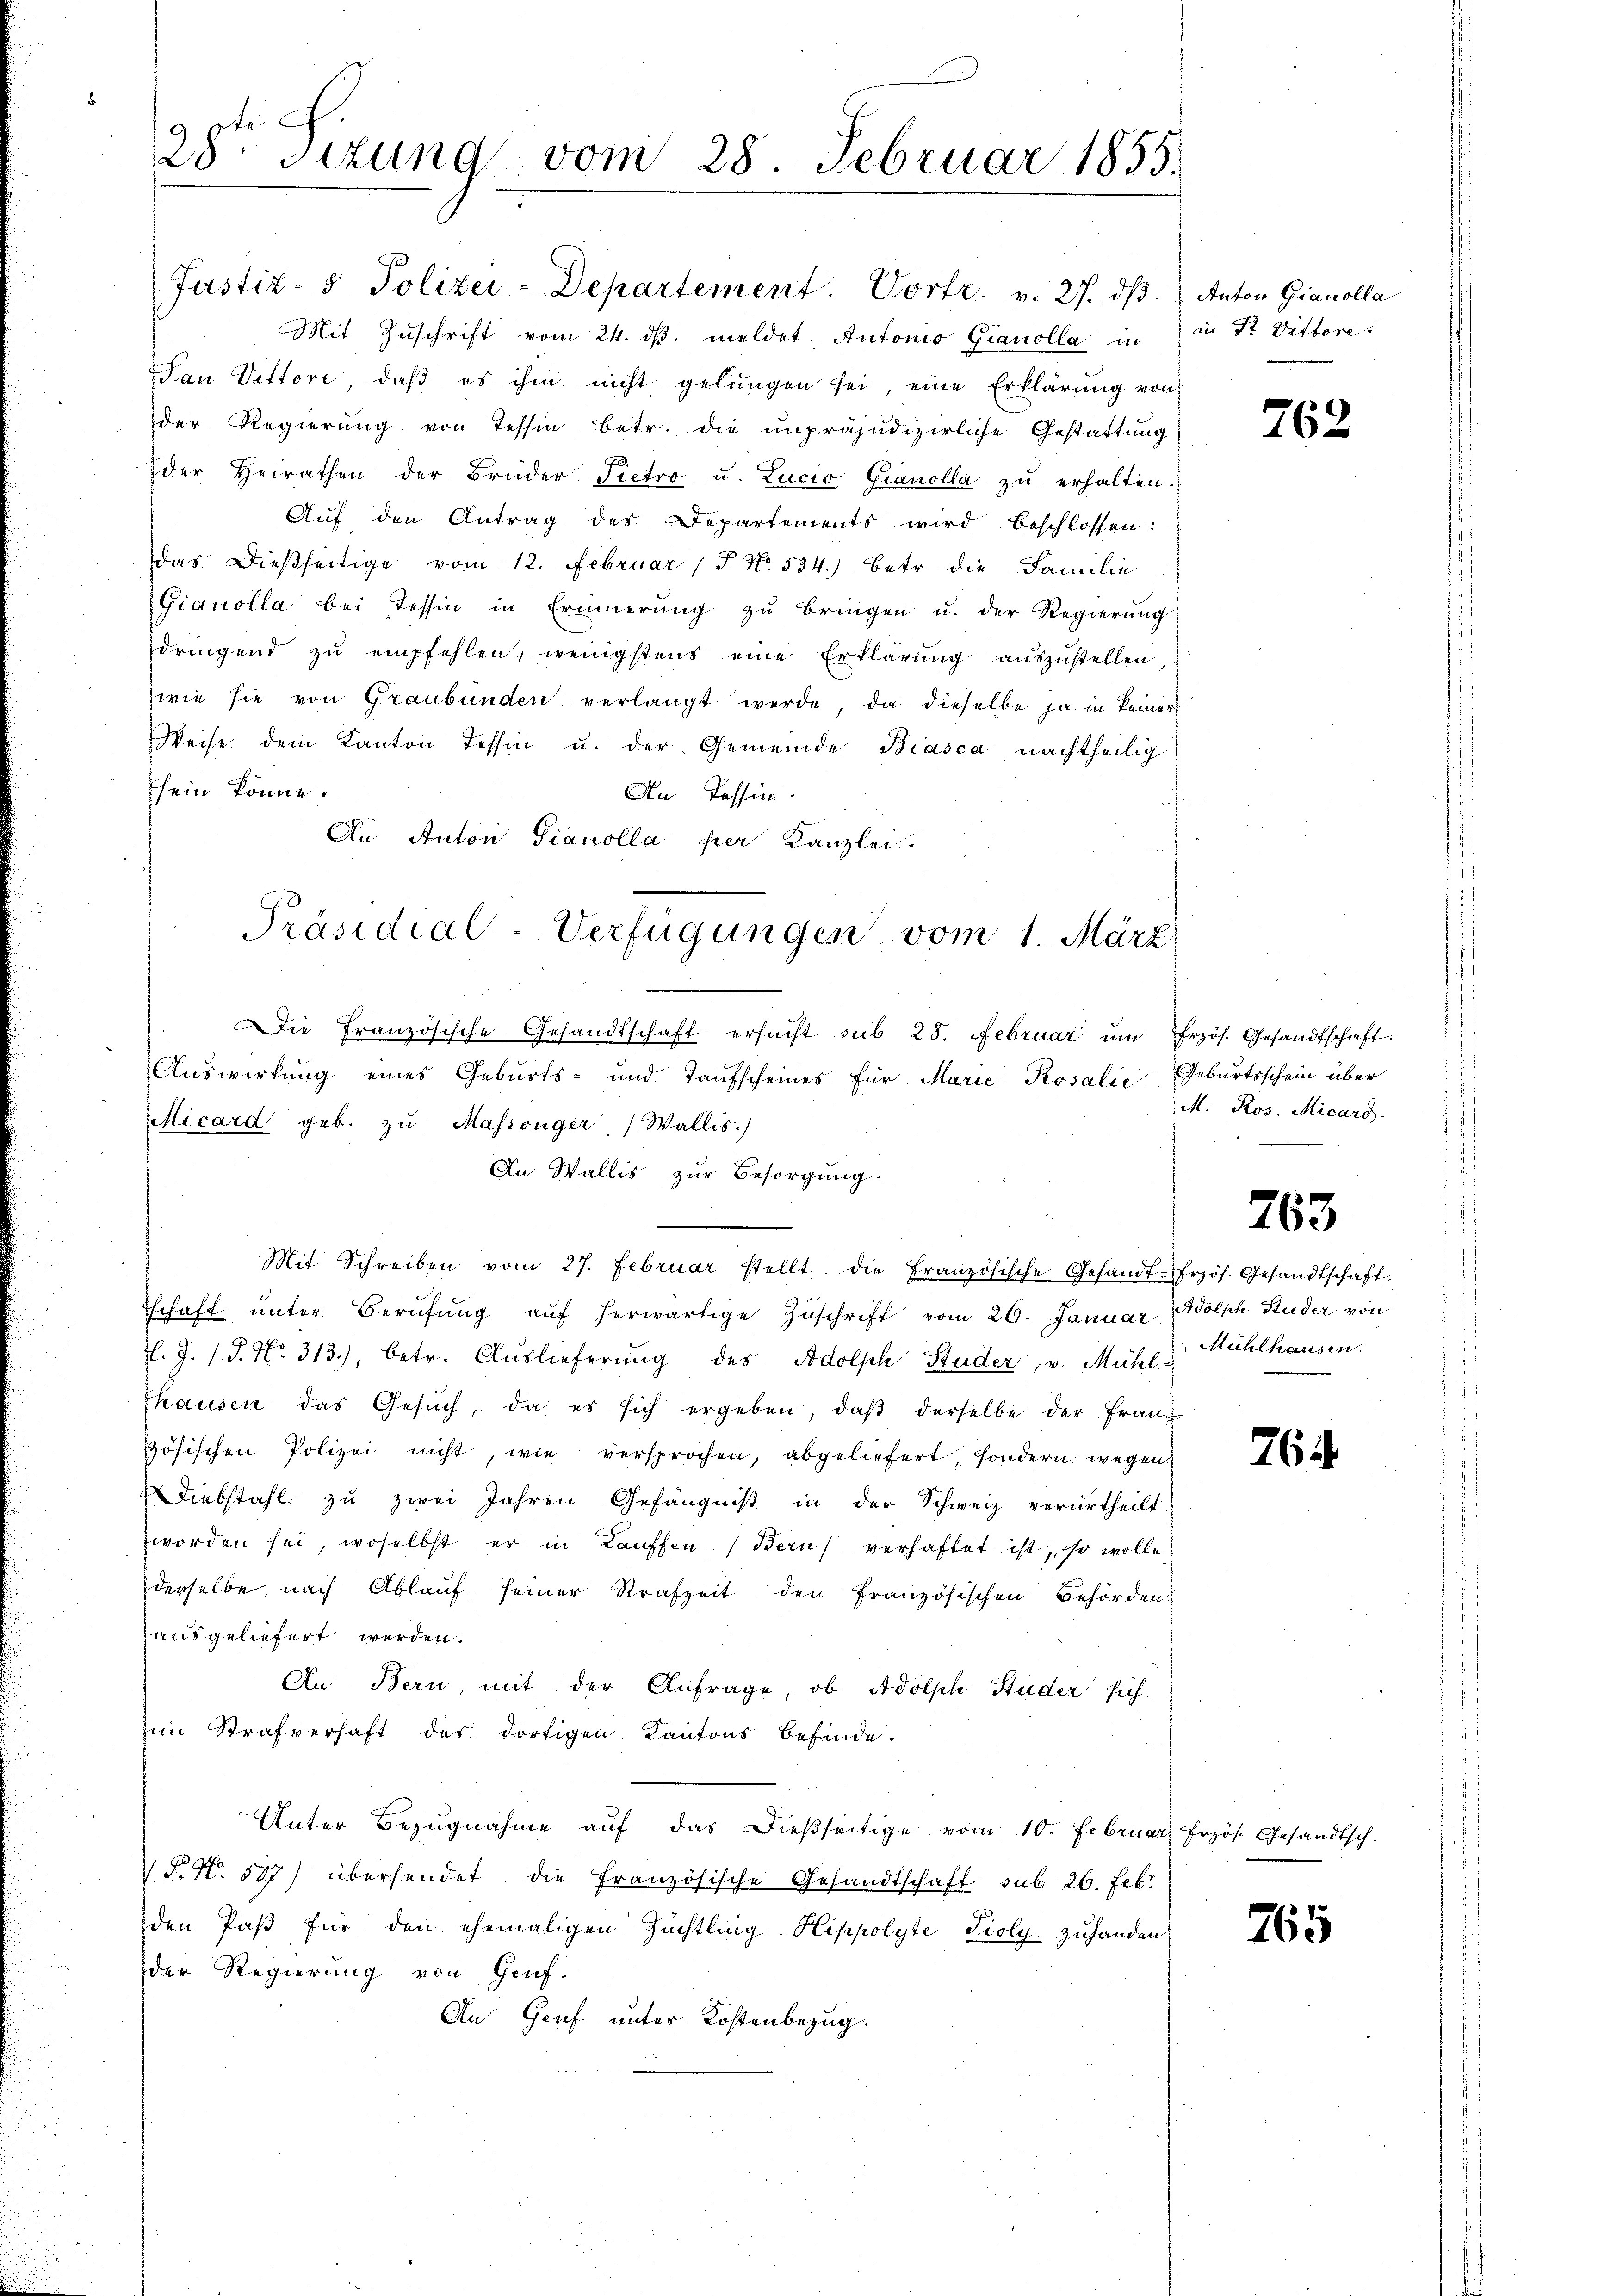
28. Sizung vom 28. Februar 1855.

Justiz- & Polizei-Departement. Vortr. v. 27. dβ. Anton Gianolla
Mit Zŭschrift vom 24. dβ. meldet, Autono Gianolla in
San Vittore, daß es ihm nicht gelungen sei, eine Erklärung von
der Regierŭng von Tessin betr. die unpräjudizierliche Gestattung
der Heirathen der Brüder Pietro u. Lucio Gianolla zŭ erhalten.
Aŭf den Antrag des Departements wird beschlossen:
das dießseitige vom 12. Februar (T. No. 534.) Betr. die Familie
Gianolla bei Tessin in Erinnerung zŭ bringen u. der Regierŭng
dringend zŭ empfehlen, wenigstens eine Erklärŭng aŭszŭstellen,
wie sie von Graubünden verlangt werde, da dieselbe ja in keiner
Weise dem Kanton Tessin u. der Gemeinde Biasca, nachtheilig
sein könne.
An Tessin.
An Anton Pianolla per Kanzlei.
Die Französische Gesandtschaft ersŭcht sub 28. Februar ŭm frzös. Gesandtschaft.
Auswirkung eines Geburts- und Taufscheines für Marie Kosalić Geburtsschein über
MMicard geb. zŭ Massenger, Wallis.)
An Wallis zur Besorgung.
Mit Schreiben vom 27. Februar stellt die Französische Gesandt-frzös. Gesandtschaft.
schaft ŭnter Berŭfŭng aŭf herwärtige Zŭschrift vom 26. Januar Adolph Studer von
l. J. J. P. Nr. 313), betr. Auslieferung des Adolph Studer, v. Mühle Mühlhausen.
Thausen das Gesŭch, da es sich ergeben, daβ derselbe der Franz
zösischen Polizei nicht, wie versprochen, abgeliefert, sondern wegen
Diebstahl zu zwei Jahren Gefängniß in der Schweiz verurtheilt
worden sei, woselbst er in Lauffen (Bern verhaftet ist, so wolle
derselbe, nach Ablauf seiner Strafzeit den Französischen Behörden
ausgeliefert werden.
An Bern, mit der Anfrage, ob Adolph Studer sich
ein Strafverhaft des dortigen Kantons befinde.
Unter Bezŭgnahme aŭf das dieβseitige vom 10. Februar Frzös. Gesandtsch.
V. P. N. 517) übersendet die französische Gesandtschaft sub 26. Febr
den Paß für den ehemaligen Zuchtling Hippolyte Stoly zuhanden
der Regierung von Genf.
An Genf unter Kostenbezug.

Präsidial-Verfügungen vom 1. März

in Dr. Vittore.

762

M. Ros. Micard.

763

765.

765